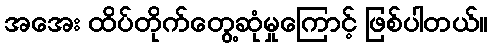
အအေး ထိပ်တိုက်တွေ့ဆုံမှုကြောင့် ဖြစ်ပါတယ်။